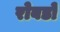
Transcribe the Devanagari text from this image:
रोबडो